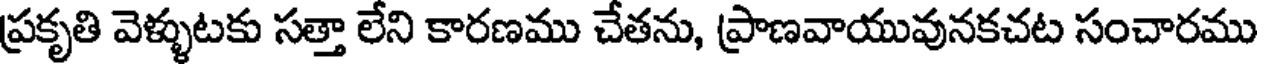
ప్రకృతి వెళ్ళుటకు సత్తా లేని కారణము చేతను, ప్రాణవాయువునకచట సంచారము